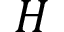
H